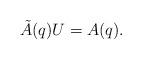
LaTeX: \begin{align*}\tilde{A}(q)U=A(q).\end{align*}